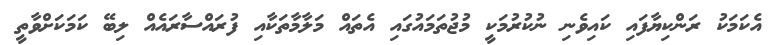
އެކަމަކު ރަންކިޔާފައި ކައިވެނި ނުކުރުމަކީ މުޖުތަމައުގައި އެތައް މަލާމާތަކާއި ފުރައްސާރައެއް ލިބޭ ކަމަކަށްވާތީ